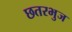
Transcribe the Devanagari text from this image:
छतरभुज